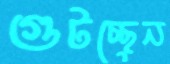
গুটচ্ছেন